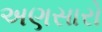
અણસારો